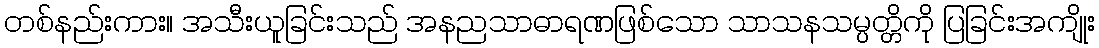
တစ်နည်းကား။ အသီးယူခြင်းသည် အနညသာဓာရဏဖြစ်သော သာသနသမ္ပတ္တိကို ပြခြင်းအကျိုး